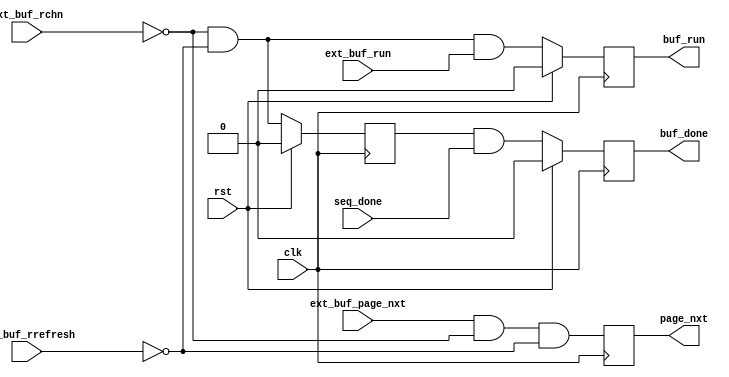
// This program was cloned from: https://github.com/Elphel/x393
// License: GNU General Public License v3.0

/*!
 * <b>Module:</b>mcont_common_chnbuf_reg
 * @file mcont_common_chnbuf_reg.v
 * @date 2015-01-19  
 * @author Andrey Filippov     
 *
 * @brief Registering data from channel buffer to memory controller
 *
 * @copyright Copyright (c) 2015 Elphel, Inc.
 *
 * <b>License:</b>
 *
 * mcont_common_chnbuf_reg.v is free software; you can redistribute it and/or modify
 * it under the terms of the GNU General Public License as published by
 * the Free Software Foundation, either version 3 of the License, or
 * (at your option) any later version.
 *
 *  mcont_common_chnbuf_reg.v is distributed in the hope that it will be useful,
 * but WITHOUT ANY WARRANTY; without even the implied warranty of
 * MERCHANTABILITY or FITNESS FOR A PARTICULAR PURPOSE.  See the
 * GNU General Public License for more details.
 *
 * You should have received a copy of the GNU General Public License
 * along with this program.  If not, see <http://www.gnu.org/licenses/> .
 *
 * Additional permission under GNU GPL version 3 section 7:
 * If you modify this Program, or any covered work, by linking or combining it
 * with independent modules provided by the FPGA vendor only (this permission
 * does not extend to any 3-rd party modules, "soft cores" or macros) under
 * different license terms solely for the purpose of generating binary "bitstream"
 * files and/or simulating the code, the copyright holders of this Program give
 * you the right to distribute the covered work without those independent modules
 * as long as the source code for them is available from the FPGA vendor free of
 * charge, and there is no dependence on any encrypted modules for simulating of
 * the combined code. This permission applies to you if the distributed code
 * contains all the components and scripts required to completely simulate it
 * with at least one of the Free Software programs.
 */
`timescale 1ns/1ps

module  mcont_common_chnbuf_reg #(
    parameter CHN_NUMBER=0
)(
    input rst,
    input clk,
    input                 [3:0] ext_buf_rchn,  // ==run_chn_d valid 1 cycle ahead of ext_buf_rd!, maybe not needed - will be generated externally
    input                       ext_buf_rrefresh,
    input                       ext_buf_page_nxt,
    input                       seq_done,      // sequence done
    input                       ext_buf_run,
    output reg                  buf_done,      // sequence done for the specified channel
    output reg                  page_nxt,
    output reg                  buf_run
);
    reg                 buf_chn_sel;
    always @ (posedge clk) begin
        if (rst) buf_chn_sel <= 0;
        else     buf_chn_sel <= (ext_buf_rchn==CHN_NUMBER) && !ext_buf_rrefresh;
        
        if (rst) buf_done <= 0;
        else     buf_done <= buf_chn_sel && seq_done;
        
        if (rst) buf_run <= 0;
        else     buf_run <= (ext_buf_rchn==CHN_NUMBER) && !ext_buf_rrefresh && ext_buf_run;
       
    end
    always @ (posedge clk)  page_nxt <= ext_buf_page_nxt && (ext_buf_rchn==CHN_NUMBER) && !ext_buf_rrefresh;
endmodule